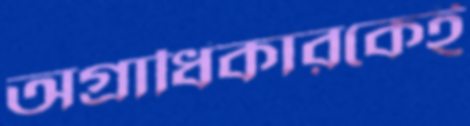
অগ্রাধিকারকেই